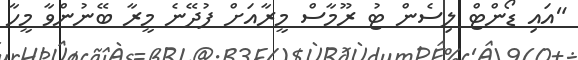
"އައި ޑޯންޓް ލިސެން ޓު ރޫމާސް މީރާއަށް ފުދޭނެ މީރާ ބޭނުންވާ މީހާ